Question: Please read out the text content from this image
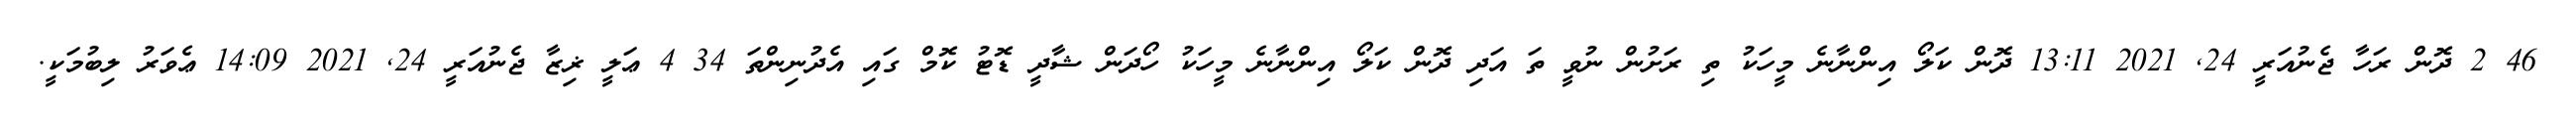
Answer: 46 2 ދޮން ރަހާ ޖެނުއަރީ 24, 2021 13:11 ދޮން ކަލޯ އިންނާނެ މީހަކު ތި ރަށުން ނުވީ ތަ އަދި ދޮން ކަލޯ އިންނާނެ މީހަކު ހޯދަން ޝާދީ ޑޮޓު ކޮމް ގައި އެދުނިންތަ 34 4 ޢަލީ ޜިޒާ ޖެނުއަރީ 24, 2021 14:09 ޢެވަރު ލިބުމަކީ.